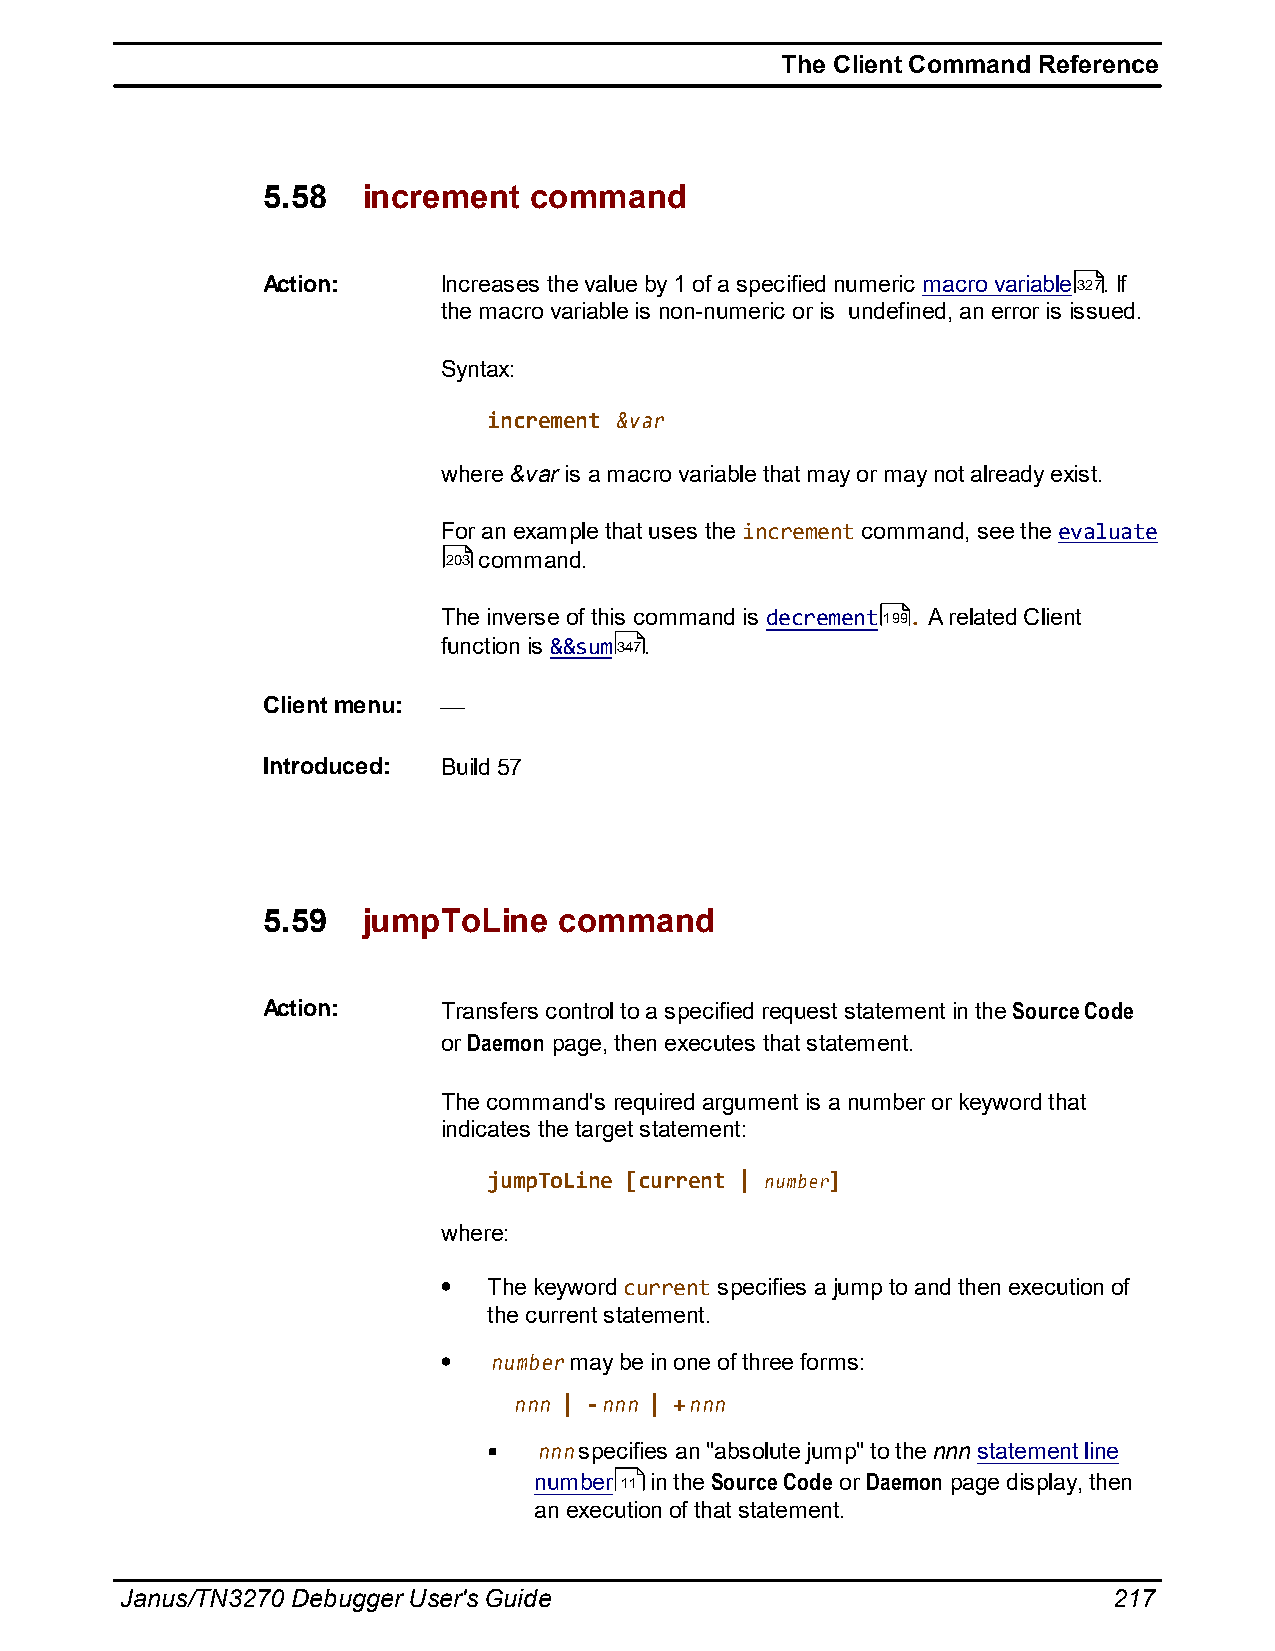
The Client Command Reference
 5.58   increment  command
 Action:     Increases the value by 1 of a specified numeric macro variable327. If
 the macro variable is non-numeric or is undefined, an error is issued.
 Syntax:
 increment &var
 where &var is a macro variable that may or may not already exist.
 For an example that uses the increment command, see the evaluate
 203 command.
 The inverse of this command is decrement199. A related Client
 function is &&sum347.
 Client menu:
 Introduced: Build 57
 5.59   jumpToLine   command
 Action:     Transfers control to a specified request statement in the Source Code
 or Daemon page, then executes that statement.
 The command's required argument is a number or keyword that
 indicates the target statement:
 jumpToLine [current | number]
 where:
 The keyword current specifies a jump to and then execution of
 the current statement.
 number may be in one of three forms:
 nnn | -nnn | +nnn
 nnn specifies an "absolute jump" to the nnn statement line
 number 11 in the Source Code or Daemon page display, then
 an execution of that statement.
 Janus/TN3270 Debugger User's Guide                                217